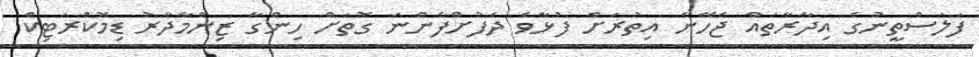
ފަލަސްތީނުގެ އިދާރާތައް ޖެހޭނެ އިތުރަށް ފުޅާވެ ދެފުށްފެންނަ ގޮތަށް ހިންގާ ޒިންމާދާރު ޑިމޮކްރަޓިކް